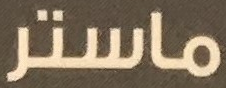
ماستر